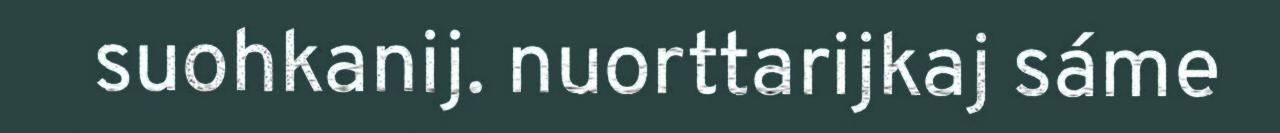
suohkanij. nuorttarijkaj sáme